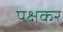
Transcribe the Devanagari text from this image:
पक्षकर